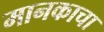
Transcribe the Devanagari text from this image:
मानकाचा